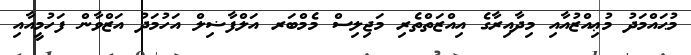
މުޙައްމަދު މުޢިއްޒުއާއި މިދާއިރާގެ އިއްޒަތްތެރި މަޖިލިސް މެމްބަރ އަލްފާޟިލް އަހުމަދު އަޒްވާން ފަހުމީއާއި